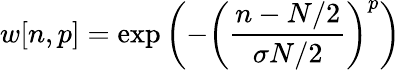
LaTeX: w[n,p]=\exp\left(-\left({\frac{n-N/2}{\sigma N/2}}\right)^{p}\right)